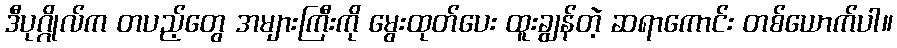
ဒီပုဂ္ဂိုလ်က တပည့်တွေ အများကြီးကို မွေးထုတ်ပေး ထူးချွန်တဲ့ ဆရာကောင်း တစ်ယောက်ပါ။